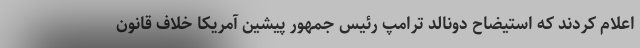
اعلام کردند که استیضاح دونالد ترامپ رئیس جمهور پیشین آمریکا خلاف قانون